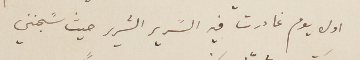
اول يوم غادرت فيه السَرير الشرير حيث سًجنني